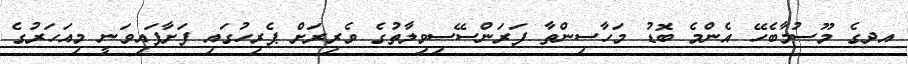
އދގެ މޫސުމާބެހޭ އެންމެ ބޮޑު މަހާސިންތާ ފަރަންސޭސިވިލާތުގެ ވެރިރަށް ޕެރިހުގައި ފަށާފައިވަނީ މިއަހަރުގެ